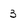
Character: 3